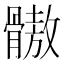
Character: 𩪕